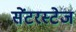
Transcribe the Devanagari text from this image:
सेंटरस्टेज